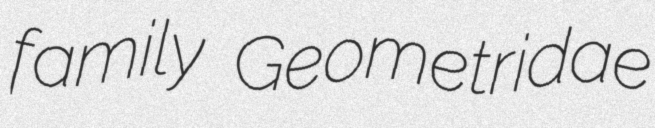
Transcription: family Geometridae